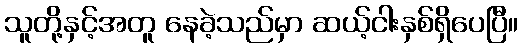
သူတို့နှင့်အတူ နေခဲ့သည်မှာ ဆယ့်ငါးနှစ်ရှိပေပြီ။